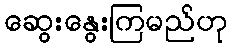
ဆွေးနွေးကြမည်ဟု